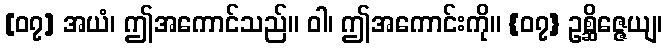
[၀၇] အယံ၊ ဤအကောင်သည်။ ဝါ၊ ဤအကောင်းကို။ {၀၇} ဥစ္ဆိဇ္ဇေယျ၊